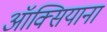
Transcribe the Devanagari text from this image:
ऑक्सियाना